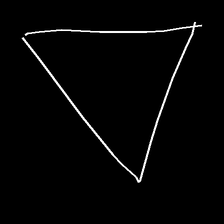
Glyph: convergence